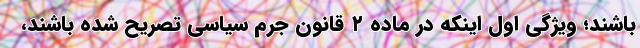
باشند؛ ویژگی اول اینکه در ماده ۲ قانون جرم سیاسی تصریح شده باشند،